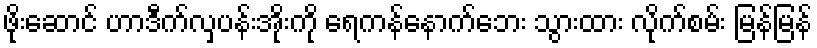
ဖိုးဆောင် ဟာဒီက်လှပန်းအိုးကို ရေကန်နောက်ဘေး သွားထား လိုက်စမ်း မြန်မြန်